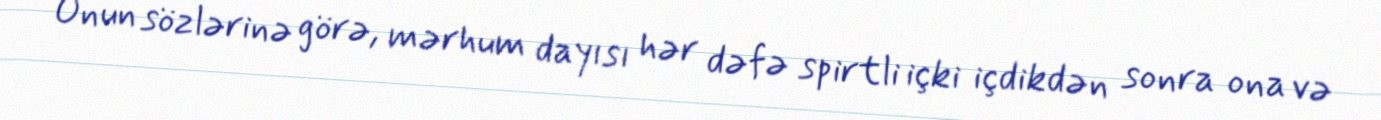
Onun sözlərinə görə, mərhum dayısı hər dəfə spirtli içki içdikdən sonra ona və